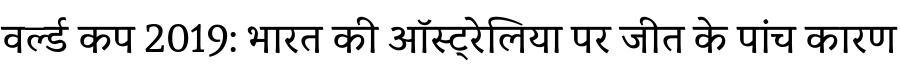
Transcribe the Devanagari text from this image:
वर्ल्ड कप 2019: भारत की ऑस्ट्रेलिया पर जीत के पांच कारण